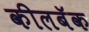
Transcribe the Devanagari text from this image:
कीलबॅक